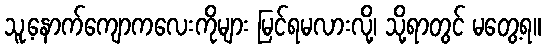
သူ့နောက်ကျောကလေးကိုများ မြင်ရမလားလို့၊ သို့ရာတွင် မတွေ့ရ။